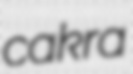
cakra